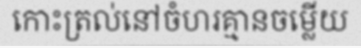
កោះត្រល់នៅចំហរគ្មានចម្លើយ